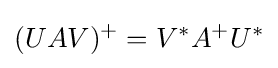
(UAV)^{+}=V^{*}A^{+}U^{*}